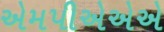
એમપીએએએ